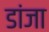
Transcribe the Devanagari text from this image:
डांजा